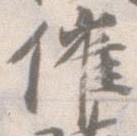
催